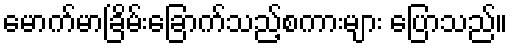
မောက်မာခြိမ်းခြောက်သည့်စကားများ ပြောသည်။